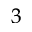
_ 3